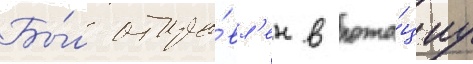
Бы́л отпра́вл'ен в рота́циу